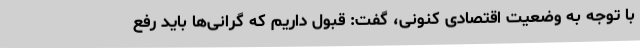
با توجه به وضعیت اقتصادی کنونی، گفت: قبول داریم که گرانی‌ها باید رفع